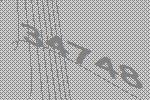
34748